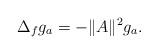
LaTeX: \begin{align*}\Delta_f g_a=- \| A \|^2 g_a.\end{align*}